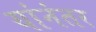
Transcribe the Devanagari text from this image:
यांनंतर